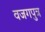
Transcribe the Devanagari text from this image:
वजगपुत्र